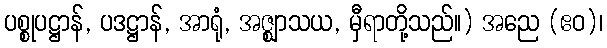
ပစ္စုပဋ္ဌာန်, ပဒဋ္ဌာန်, အာရုံ, အဇ္ဈာသယ, မှီရာတို့သည်။) အညေ (ဧဝ)၊